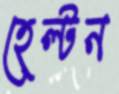
হেল্টন